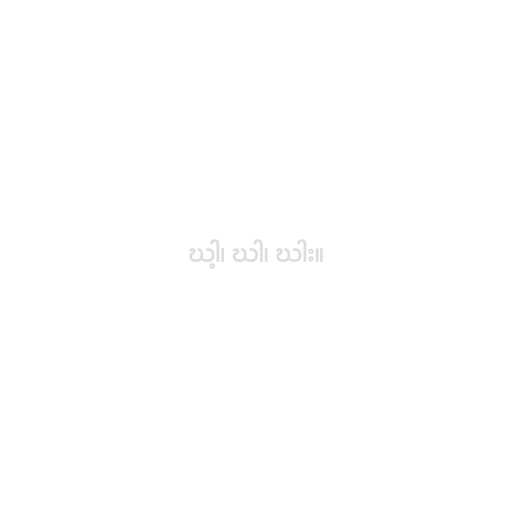
ဃါ့၊ ဃါ၊ ဃါး။